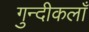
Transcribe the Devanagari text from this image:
गुन्दीकलाँ